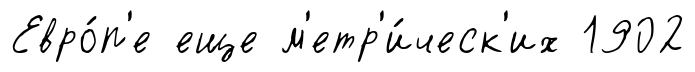
Евро́п'е еще м'етр'и́ческ'их 1902